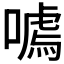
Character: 𭊰